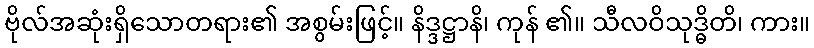
ဗိုလ်အဆုံးရှိသောတရား၏ အစွမ်းဖြင့်။ နိဒ္ဒဋ္ဌာနိ၊ ကုန် ၏။ သီလဝိသုဒ္ဓိတိ၊ ကား။